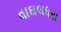
વાઘલધરા